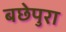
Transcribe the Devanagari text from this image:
बछेपुरा